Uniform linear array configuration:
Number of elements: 4
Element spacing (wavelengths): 0.25
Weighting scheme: cosine
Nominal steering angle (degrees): -15
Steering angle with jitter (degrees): -13.486
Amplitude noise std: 0.05
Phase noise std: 0.05

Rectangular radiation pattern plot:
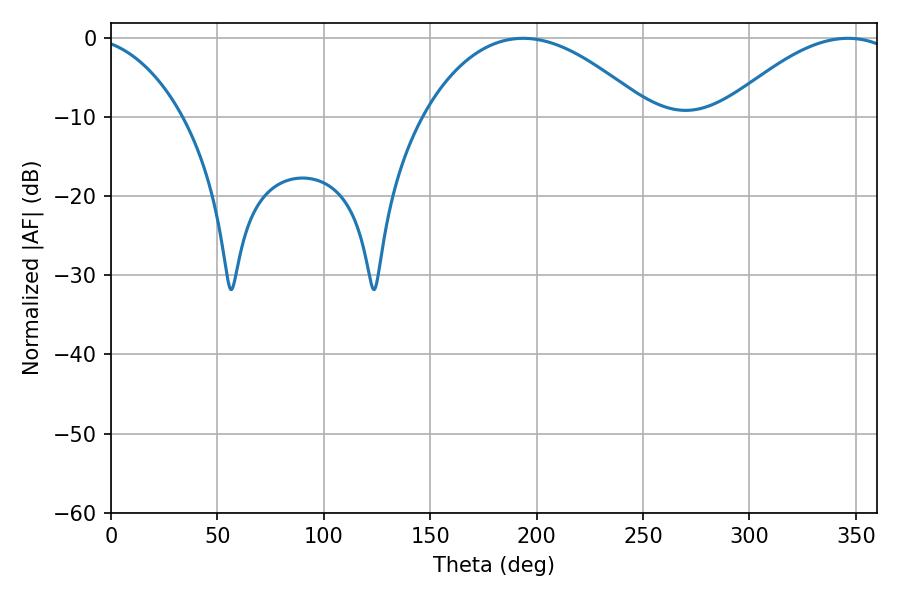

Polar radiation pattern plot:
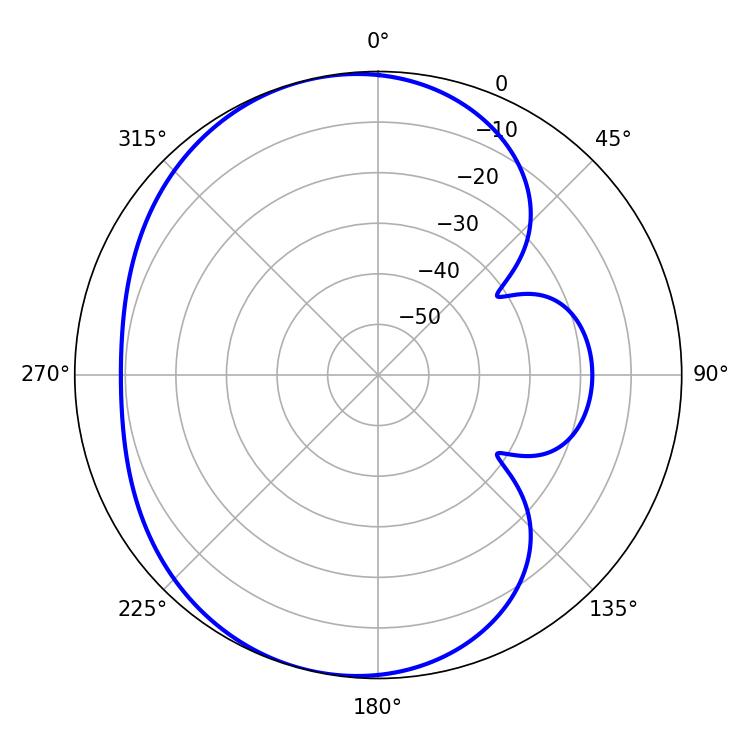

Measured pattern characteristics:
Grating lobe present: FALSE
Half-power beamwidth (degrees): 45.36
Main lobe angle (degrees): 346.32